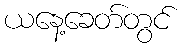
ယနေ့ခေတ်တွင်